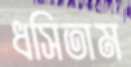
ধসিতাম